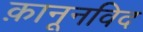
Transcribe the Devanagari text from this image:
क़ानूनविद